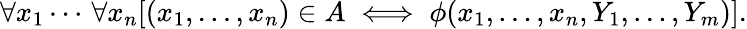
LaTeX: \forall x_{1}\cdots\, \forall x_{n}[(x_{1},\dots,x_{n})\in A\iff\phi(x_{1},\dots,x_{n},Y_{1},\dots,Y_{m})].